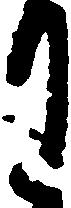
月